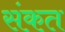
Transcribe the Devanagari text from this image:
संकत